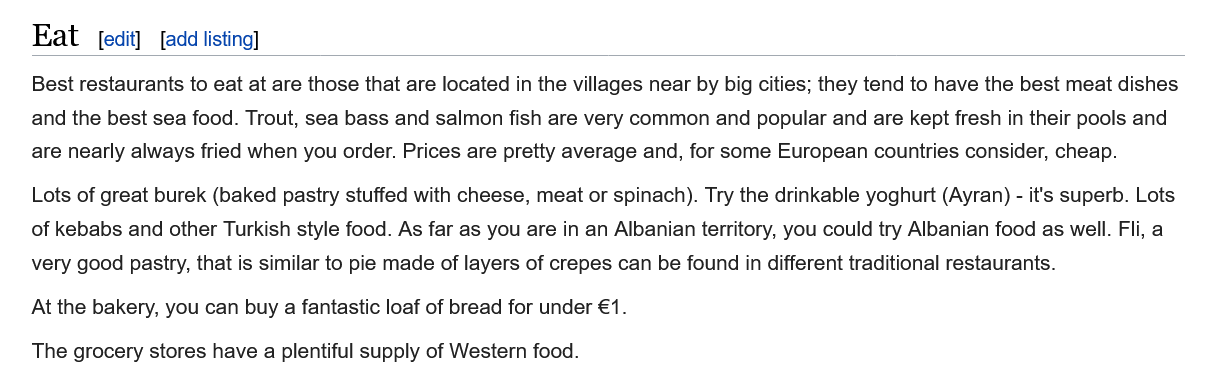
Lots of great burek (baked pastry stuffed with cheese, meat or spinach). Try the drinkable yoghurt (Ayran) - it's superb. Lots
   of kebabs and other Turkish style food. As far as you are in an Albanian territory, you could try Albanian food as well. Fli, a
   very good pastry, that is similar to pie made of layers of crepes can be found in different traditional restaurants.
   At the bakery, you can buy a fantastic loaf of bread for under €1.
   The grocery stores have a plentiful supply of Western food.
    Eat   [edit] [add listing]
    Best restaurants to eat at are those that are located in the villages near by big cities; they tend to have the best meat dishes
   and the best sea food. Trout, sea bass and salmon fish are very common and popular and are kept fresh in their pools and
   are nearly always fried when you order. Prices are pretty average and, for some European countries consider, cheap.